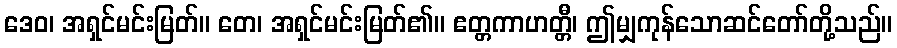
ဒေဝ၊ အရှင်မင်းမြတ်။ တေ၊ အရှင်မင်းမြတ်၏။ ဧတ္တကာဟတ္တီ၊ ဤမျှကုန်သောဆင်တော်တို့သည်။